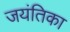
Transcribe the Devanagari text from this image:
जयंतिका